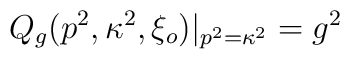
Q _g(p^2, \kappa^2, \xi_o) |_{p^2 = \kappa^2} = g^2